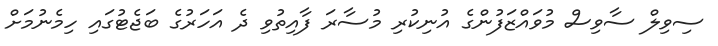
ސިވިލް ސާވިސް މުވައްޒަފުންގެ އުނިކުރި މުސާރަ ފާއިތުވި ދެ އަހަރުގެ ބަޖެޓުގައި ހިމެނުމަށް